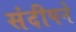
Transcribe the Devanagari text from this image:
संदीपने